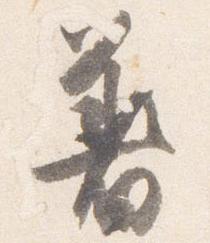
着